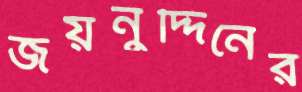
জয়নুদ্দিনের